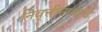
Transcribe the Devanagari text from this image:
निवृत्तीनाथांचे